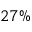
2 7 \%